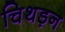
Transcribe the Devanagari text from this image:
चिथड़न